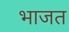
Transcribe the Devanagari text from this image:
भाजत